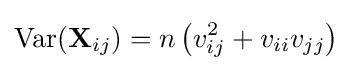
\operatorname {Var} (\mathbf {X} _{ij})=n\left(v_{ij}^{2}+v_{ii}v_{jj}\right)